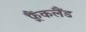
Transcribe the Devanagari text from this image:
फ़्रैंकलैंड